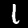
Label: 1